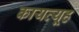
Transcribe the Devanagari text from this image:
कायव्यूह